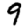
Digit: 9